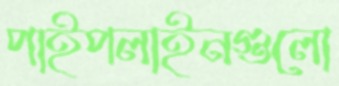
পাইপলাইনগুলো